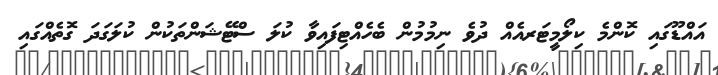
އައްޑޫގައި ކޮންމެ ކިލޯމީޓަރއެއް ދުވެ ނިމުމުން ބެހެއްޓިފައިވާ ކުލަ ސްޓޭޝަންތަކުން ކުލަގަދަ ގޮތެއްގައި